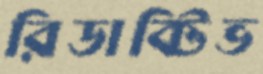
রিডাক্টিভ